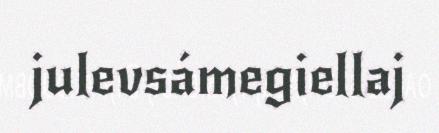
julevsámegiellaj